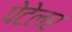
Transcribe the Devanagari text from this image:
पेटेलर